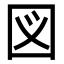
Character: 図